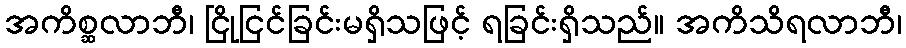
အကိစ္ဆလာဘီ၊ ငြိုငြင်ခြင်းမရှိသဖြင့် ရခြင်းရှိသည်။ အကိသိရလာဘီ၊